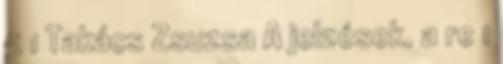
5 1 Takács Zsuzsa A jelzések, a re 1